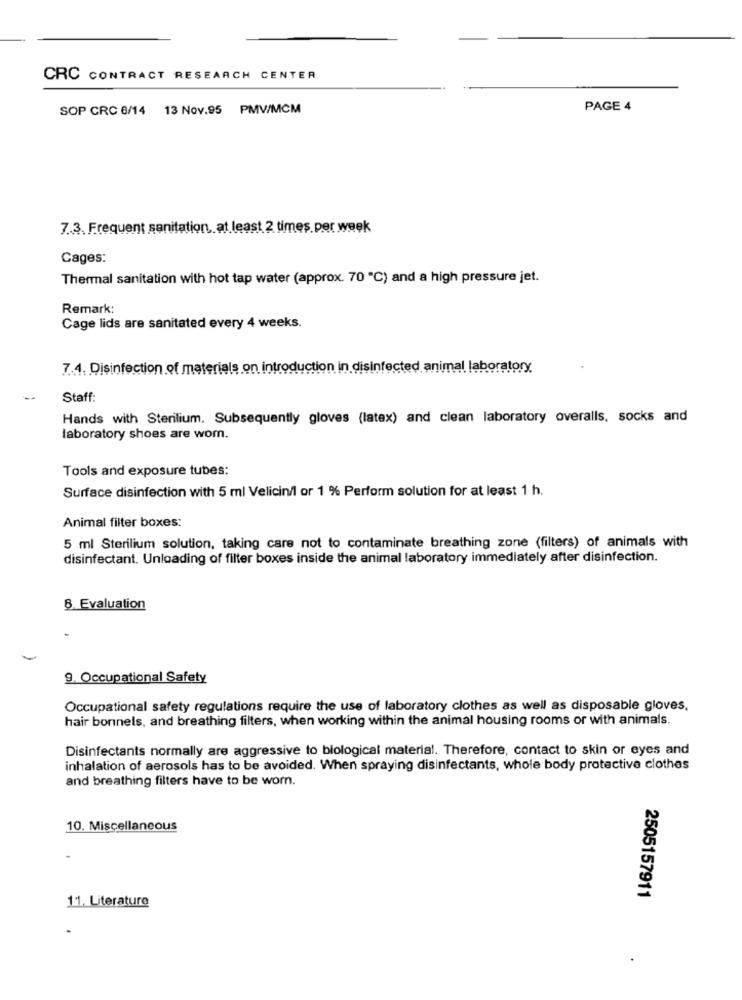
CRC CONTRACT RESEARCH CENTER
SOP CRC 6/14 13 Nov.95 PMV/MCM
PAGE 4
7.3. Frequent sanitation, at least 2 times per week
Cages:
Thermal sanitation with hot tap water (approx. 70 "℃) and a high pressure jet.
Remark:
Cage lids are sanitated every 4 weeks.
7.4. Disinfection of materials on introduction in disinfected animal laboratory
Staff:
Hands with Sterilium. Subsequently gloves (latex) and clean laboratory overalls, socks and
laboratory shoes are wom.
Tools and exposure tubes:
Surface disinfection with 5 ml Velicin/l or 1 % Perform solution for at least 1 h.
Animal filter boxes:
5 ml Sterilium solution, taking care not to contaminate breathing zone (filters) of animals with
disinfectant. Unloading of filter boxes inside the animal laboratory immediately after disinfection.
8. Evaluation
9. Occupational Safety
Occupational safety regulations require the use of laboratory clothes as well as disposable gloves.
hair borinels, and breathing filters, when working within the animal housing rooms or with animals.
Disinfectants normally are aggressive to biological material. Therefore, contact to skin or eyes and
inhalation of aerosols has to be avoided. When spraying disinfectants, whole body protective clothes
and breathing filters have to be worn.
10. Miscellaneous
2505157911
11. Literature